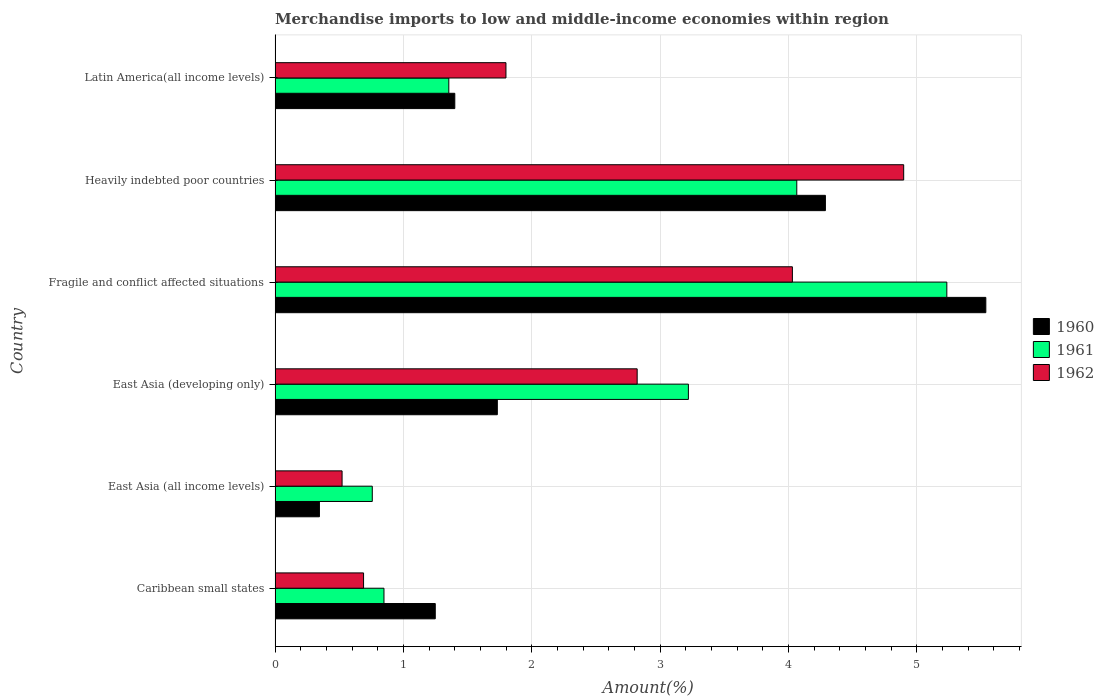
| Country | 1960 | 1961 | 1962 |
 | --- | --- | --- | --- |
 | Caribbean small states | 1.25 | 0.848 | 0.689 |
 | East Asia (all income levels) | 0.346 | 0.757 | 0.522 |
 | East Asia (developing only) | 1.73 | 3.22 | 2.82 |
 | Fragile and conflict affected situations | 5.54 | 5.23 | 4.03 |
 | Heavily indebted poor countries | 4.29 | 4.06 | 4.9 |
 | Latin America(all income levels) | 1.4 | 1.35 | 1.8 |